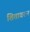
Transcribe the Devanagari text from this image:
शितावरुन